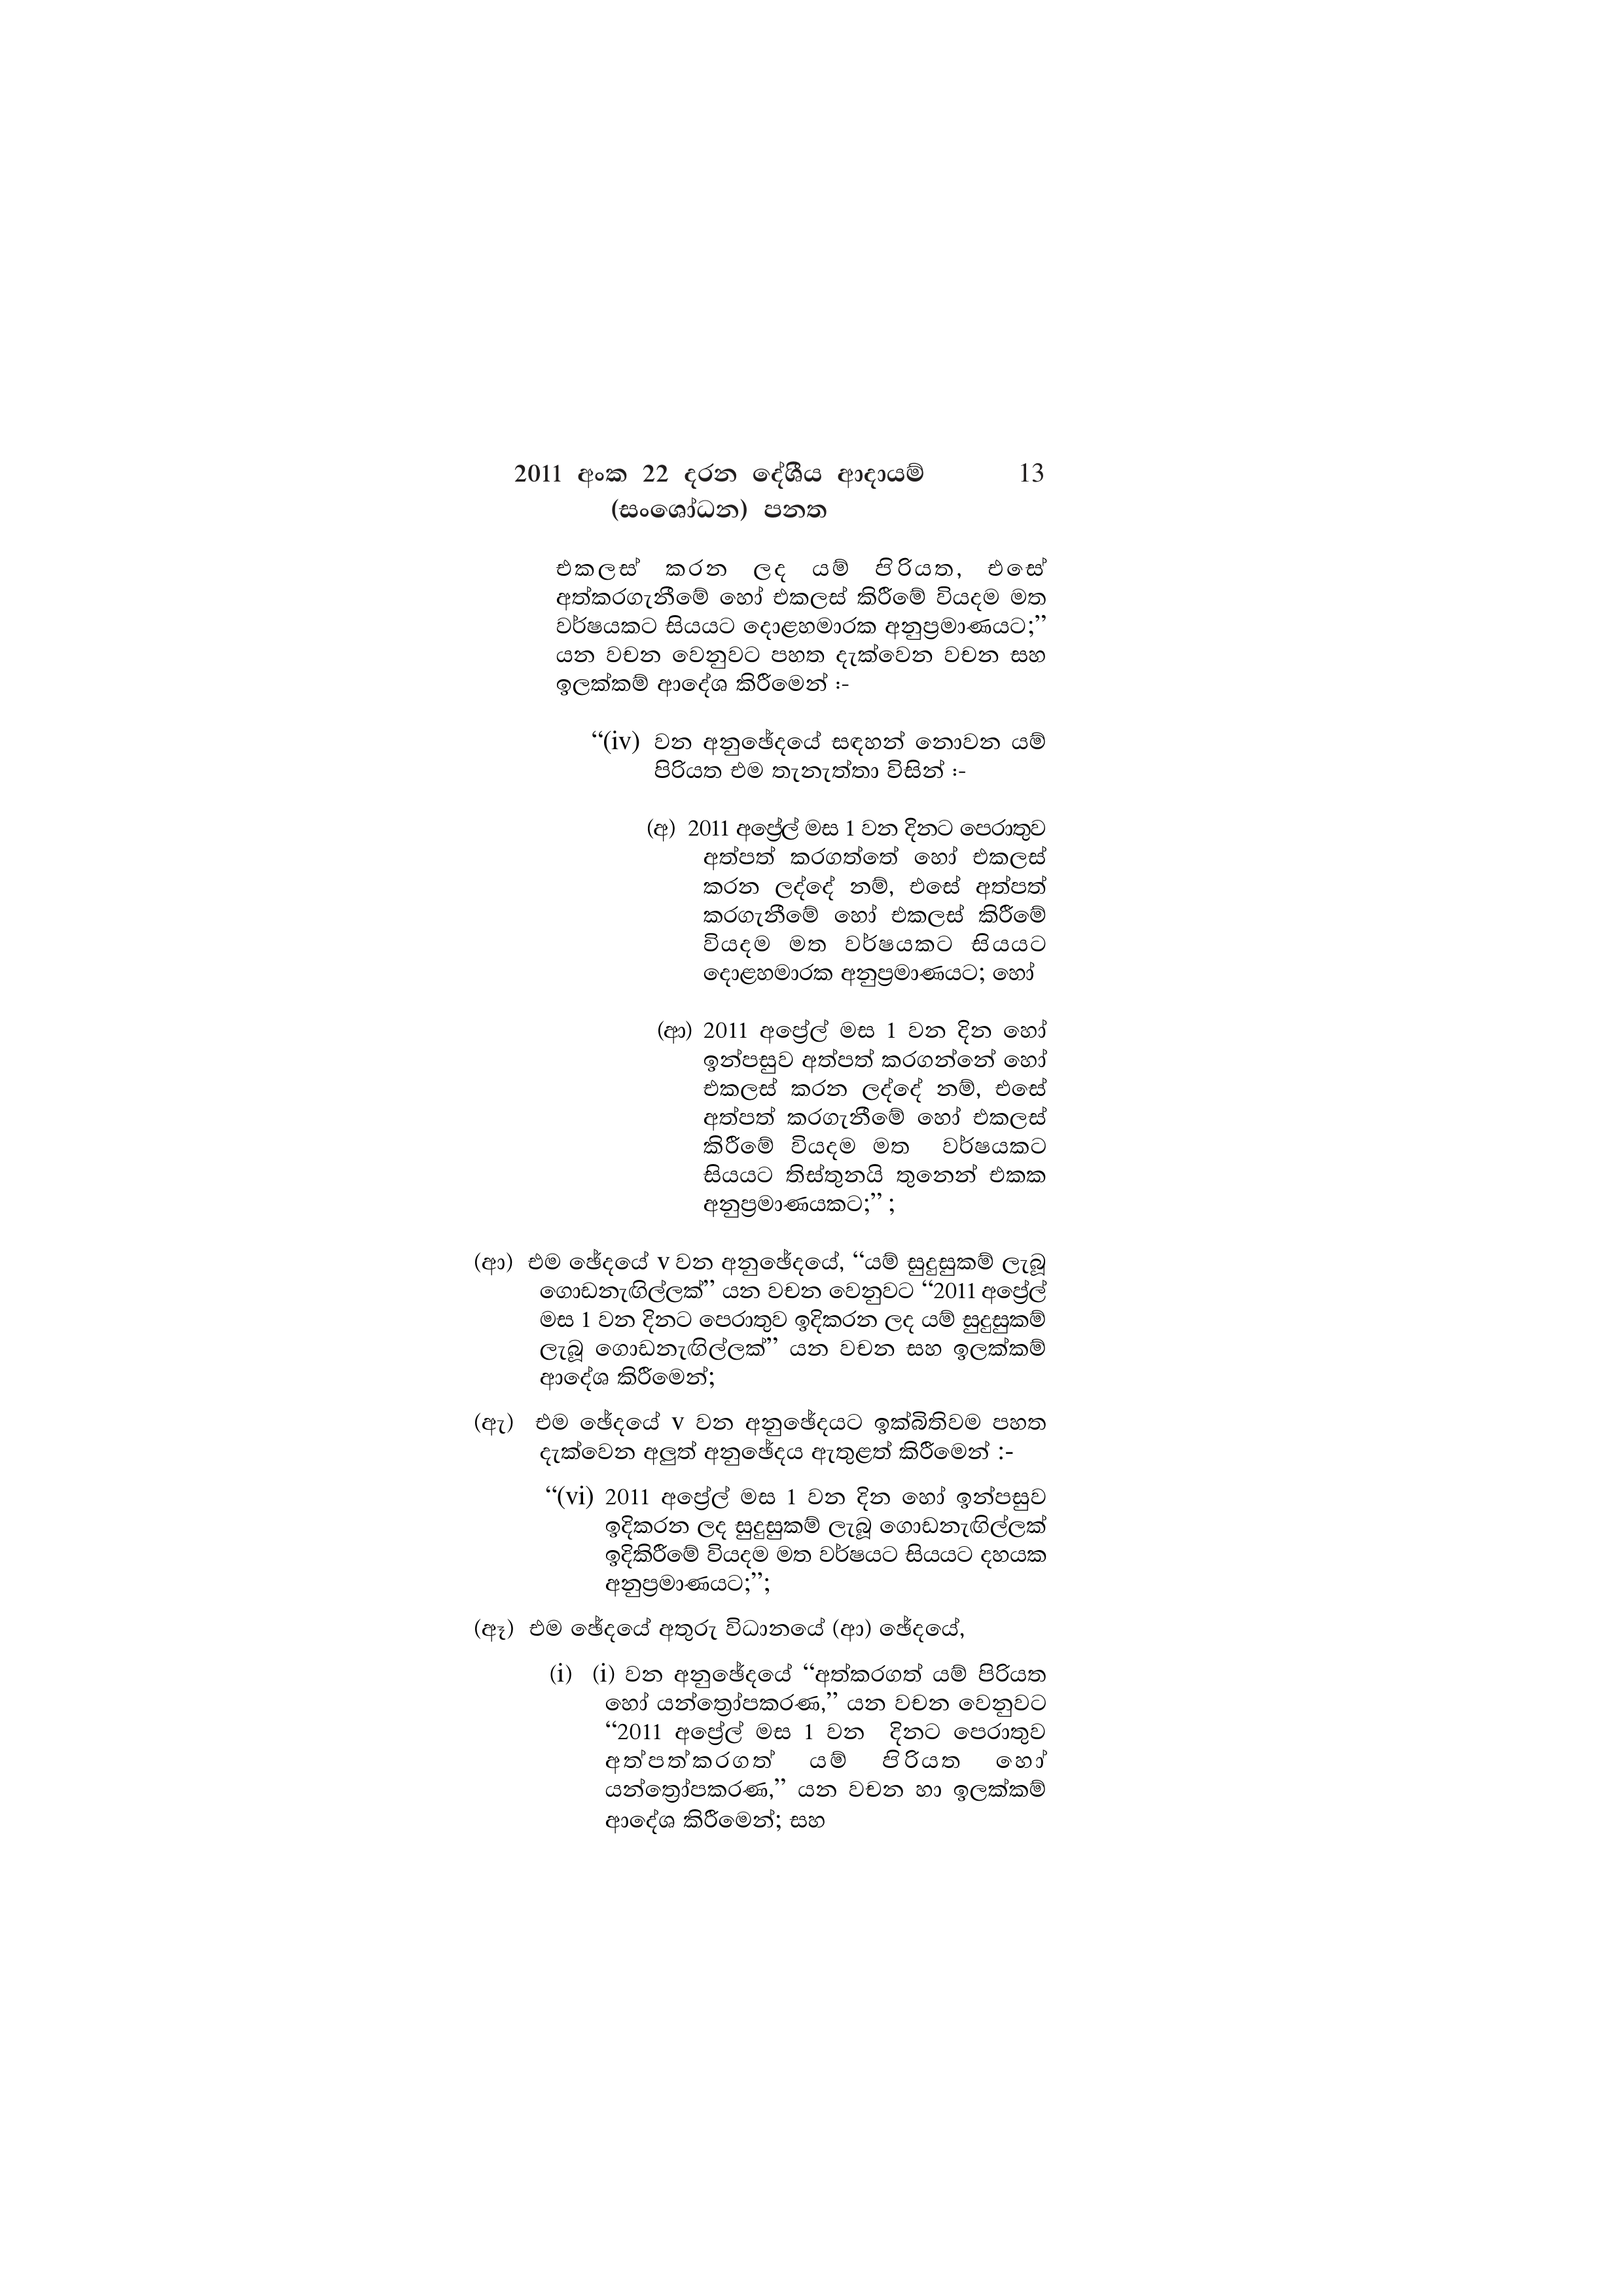
2011 අංක 22 දරන දේශීය ආදායම් 13
(සංශෝධන) පනත

එකලස් කරන ලද යම් පිරියත, එසේ
අත්කරගැනීමේ හෝ එකලස් කිරීමේ වියදම මත
වර්ෂයකට සියයට දොළහමාරක අනුප්‍රමාණයට;”
යන වචන වෙනුවට පහත දැක්වෙන වචන සහ
ඉලක්කම් ආදේශ කිරීමෙන් :-

“(iv) වන අනුඡේදයේ සඳහන් නොවන යම්
පිරියත එම තැනැත්තා විසින් :-

(අ) 2011 අප්‍රේල් මස 1 වන දිනට පෙරාතුව
අත්පත් කරගත්තේ හෝ එකලස්
කරන ලද්දේ නම්, එසේ අත්පත්
කරගැනීමේ හෝ එකලස් කිරීමේ
වියදම මත වර්ෂයකට සියයට
දොළහමාරක අනුප්‍රමාණයට; හෝ

(ආ) 2011 අප්‍රේල් මස 1 වන දින හෝ
ඉන්පසුව අත්පත් කරගන්නේ හෝ
එකලස් කරන ලද්දේ නම්, එසේ
අත්පත් කරගැනීමේ හෝ එකලස්
කිරීමේ වියදම මත වර්ෂයකට
සියයට තිස්තුනයි තුනෙන් එකක
අනුප්‍රමාණයකට;”;

(ආ) එම ඡේදයේ v වන අනුඡේදයේ, “යම් සුදුසුකම් ලැබූ
ගොඩනැඟිල්ලක්” යන වචන වෙනුවට “2011 අප්‍රේල්
මස 1 වන දිනට පෙරාතුව ඉදිකරන ලද යම් සුදුසුකම්
ලැබූ ගොඩනැඟිල්ලක්” යන වචන සහ ඉලක්කම්
ආදේශ කිරීමෙන්;

(ඇ) එම ඡේදයේ v වන අනුඡේදයට ඉක්බිතිවම පහත
දැක්වෙන අලුත් අනුඡේදය ඇතුළත් කිරීමෙන් :-

“(vi) 2011 අප්‍රේල් මස 1 වන දින හෝ ඉන්පසුව
ඉදිකරන ලද සුදුසුකම් ලැබූ ගොඩනැඟිල්ලක්
ඉදිකිරීමේ වියදම මත වර්ෂයට සියයට දහයක
අනුප්‍රමාණයට;”;

(ඈ) එම ඡේදයේ අතුරු විධානයේ (ආ) ඡේදයේ,

(i) (i) වන අනුඡේදයේ “අත්කරගත් යම් පිරියත
හෝ යන්ත්‍රෝපකරණ,” යන වචන වෙනුවට
“2011 අප්‍රේල් මස 1 වන දිනට පෙරාතුව
අත්පත්කරගත් යම් පිරියත හෝ
යන්ත්‍රෝපකරණ,” යන වචන හා ඉලක්කම්
ආදේශ කිරීමෙන්; සහ